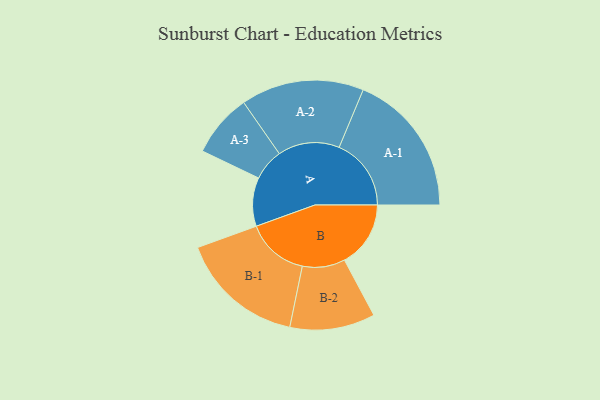
{"axis": {"x": "Segment", "y": "Value"}, "legend": ["", "A", "B"], "data": [{"x": "A", "y": 200, "type": ""}, {"x": "B", "y": 272, "type": ""}, {"x": "A-1", "y": 296, "type": "A"}, {"x": "A-2", "y": 253, "type": "A"}, {"x": "A-3", "y": 130, "type": "A"}, {"x": "B-1", "y": 257, "type": "B"}, {"x": "B-2", "y": 175, "type": "B"}]}